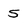
Character: 5